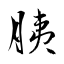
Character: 胰